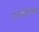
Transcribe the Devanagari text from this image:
पेनपेन्सिलीच्या